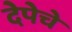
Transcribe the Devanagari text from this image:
देपेचे